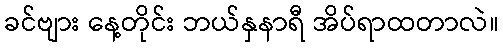
ခင်ဗျား နေ့တိုင်း ဘယ်နှနာရီ အိပ်ရာထတာလဲ။